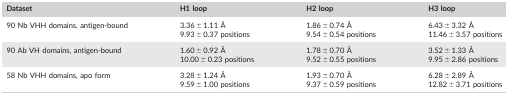
<table><thead><tr><td><b>Dataset</b></td><td><b>H1 loop</b></td><td><b>H2 loop</b></td><td><b>H3 loop</b></td></tr></thead><tbody><tr><td>90 Nb VHH domains, antigen‐bound</td><td>3.36 ± 1.11 Å9.93 ± 0.37 positions</td><td>1.86 ± 0.74 Å9.54 ± 0.54 positions</td><td>6.43 ± 3.32 Å11.46 ± 3.57 positions</td></tr><tr><td>90 Ab VH domains, antigen‐bound</td><td>1.60 ± 0.92 Å10.00 ± 0.23 positions</td><td>1.78 ± 0.70 Å9.52 ± 0.55 positions</td><td>3.52 ± 1.33 Å9.95 ± 2.86 positions</td></tr><tr><td>58 Nb VHH domains, apo form</td><td>3.28 ± 1.24 Å9.59 ± 1.00 positions</td><td>1.93 ± 0.70 Å9.37 ± 0.59 positions</td><td>6.28 ± 2.89 Å12.82 ± 3.71 positions</td></tr></tbody></table>